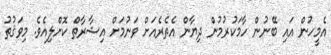
އެމީހުން އައި ބޭނުން ހާމަކުރުމުން ދިޔާން އެތެރެއަށް ވަނުމަށް އިޝާރާތް ކޮށްލިއެވެ. މިވަޤުތު